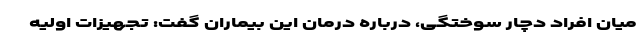
میان افراد دچار سوختگی، درباره درمان این بیماران گفت: تجهیزات اولیه